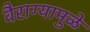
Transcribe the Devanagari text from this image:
वैराग्यामुळे